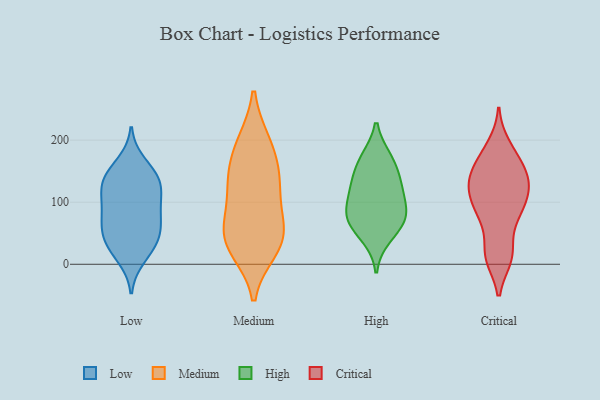
{"axis": {"x": "Inventory Turnover", "y": "Value"}, "legend": ["Critical", "High", "Low", "Medium"], "data": [{"x": "", "y": 163, "type": "Low"}, {"x": "", "y": 97, "type": "Low"}, {"x": "", "y": 58, "type": "Low"}, {"x": "", "y": 133, "type": "Low"}, {"x": "", "y": 24, "type": "Low"}, {"x": "", "y": 40, "type": "Low"}, {"x": "", "y": 76, "type": "Low"}, {"x": "", "y": 37, "type": "Low"}, {"x": "", "y": 11, "type": "Low"}, {"x": "", "y": 130, "type": "Low"}, {"x": "", "y": 146, "type": "Low"}, {"x": "", "y": 53, "type": "Low"}, {"x": "", "y": 79, "type": "Low"}, {"x": "", "y": 135, "type": "Low"}, {"x": "", "y": 123, "type": "Low"}, {"x": "", "y": 97, "type": "Low"}, {"x": "", "y": 57, "type": "Medium"}, {"x": "", "y": 98, "type": "Medium"}, {"x": "", "y": 148, "type": "Medium"}, {"x": "", "y": 34, "type": "Medium"}, {"x": "", "y": 129, "type": "Medium"}, {"x": "", "y": 56, "type": "Medium"}, {"x": "", "y": 195, "type": "Medium"}, {"x": "", "y": 25, "type": "Medium"}, {"x": "", "y": 37, "type": "Medium"}, {"x": "", "y": 139, "type": "Medium"}, {"x": "", "y": 194, "type": "Medium"}, {"x": "", "y": 121, "type": "High"}, {"x": "", "y": 70, "type": "High"}, {"x": "", "y": 120, "type": "High"}, {"x": "", "y": 44, "type": "High"}, {"x": "", "y": 82, "type": "High"}, {"x": "", "y": 84, "type": "High"}, {"x": "", "y": 170, "type": "High"}, {"x": "", "y": 135, "type": "High"}, {"x": "", "y": 71, "type": "High"}, {"x": "", "y": 167, "type": "High"}, {"x": "", "y": 191, "type": "Critical"}, {"x": "", "y": 83, "type": "Critical"}, {"x": "", "y": 126, "type": "Critical"}, {"x": "", "y": 11, "type": "Critical"}, {"x": "", "y": 68, "type": "Critical"}, {"x": "", "y": 15, "type": "Critical"}, {"x": "", "y": 15, "type": "Critical"}, {"x": "", "y": 167, "type": "Critical"}, {"x": "", "y": 156, "type": "Critical"}, {"x": "", "y": 132, "type": "Critical"}, {"x": "", "y": 121, "type": "Critical"}, {"x": "", "y": 145, "type": "Critical"}, {"x": "", "y": 102, "type": "Critical"}, {"x": "", "y": 182, "type": "Critical"}, {"x": "", "y": 14, "type": "Critical"}, {"x": "", "y": 130, "type": "Critical"}, {"x": "", "y": 148, "type": "Critical"}, {"x": "", "y": 85, "type": "Critical"}, {"x": "", "y": 111, "type": "Critical"}, {"x": "", "y": 85, "type": "Critical"}]}